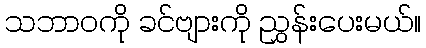
သဘာဝကို ခင်ဗျားကို ညွှန်းပေးမယ်။